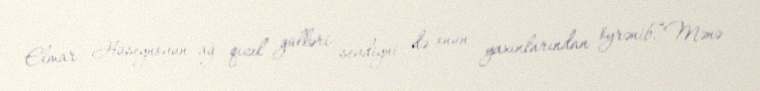
Elmar Hüseynovun ağ qızıl gülləri sevdiyni də onun yaxınlarından öyrənib.“Mənə